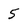
Character: 5